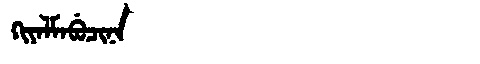
Manchu: ᡴᡳᠶᠠᠯᠮᠠᠪᡠᠴᡳᠨᠠ
Romanization: KIYALMABUCINA